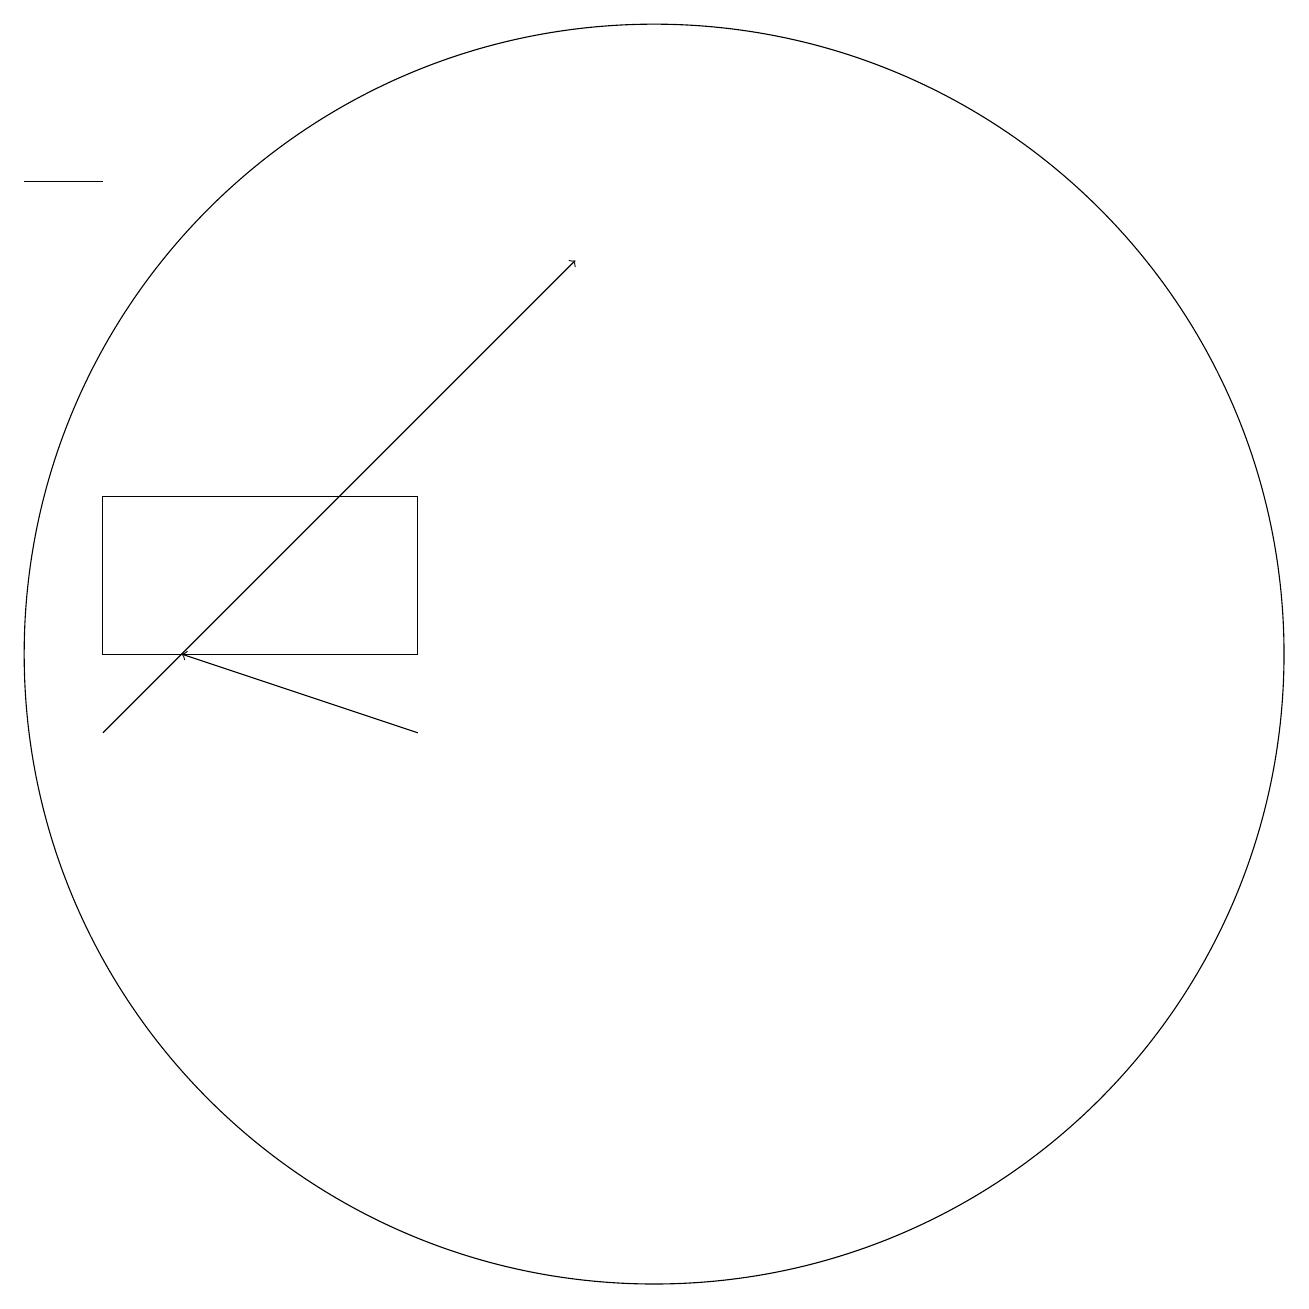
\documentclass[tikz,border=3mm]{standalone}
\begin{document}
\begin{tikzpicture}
\draw[->] (7,11) -- (4,12);
\draw (10,12) circle (8);
\draw (11,11) circle (0);
\draw[->] (3,11) -- (9,17);
\draw (3,18) rectangle (2,18);
\draw (7,12) rectangle (3,14);
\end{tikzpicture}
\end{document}